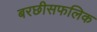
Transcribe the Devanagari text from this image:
बरछीसफलिक